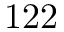
1 2 2